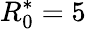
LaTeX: R_{0}^{\ast}=5